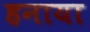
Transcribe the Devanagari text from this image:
हनाया